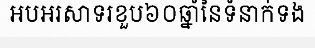
អបអរសាទរខួប៦០ឆ្នាំនៃទំនាក់ទង